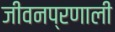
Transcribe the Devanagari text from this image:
जीवनप्रणाली